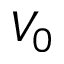
V _ { 0 }